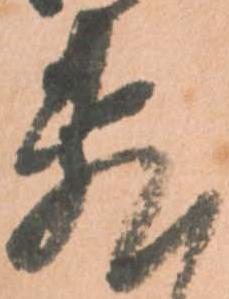
敷